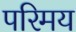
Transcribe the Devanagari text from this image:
परिमय